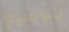
بتوسيع